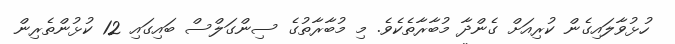
ހުޅުވާލައިގެން ކުރިއަށް ގެންދާ މުބާރާތެކެވެ. މި މުބާރާތުގެ ސިންގަލްސް ބައިގައި 12 ކުޅުންތެރިން